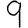
Digit: 9